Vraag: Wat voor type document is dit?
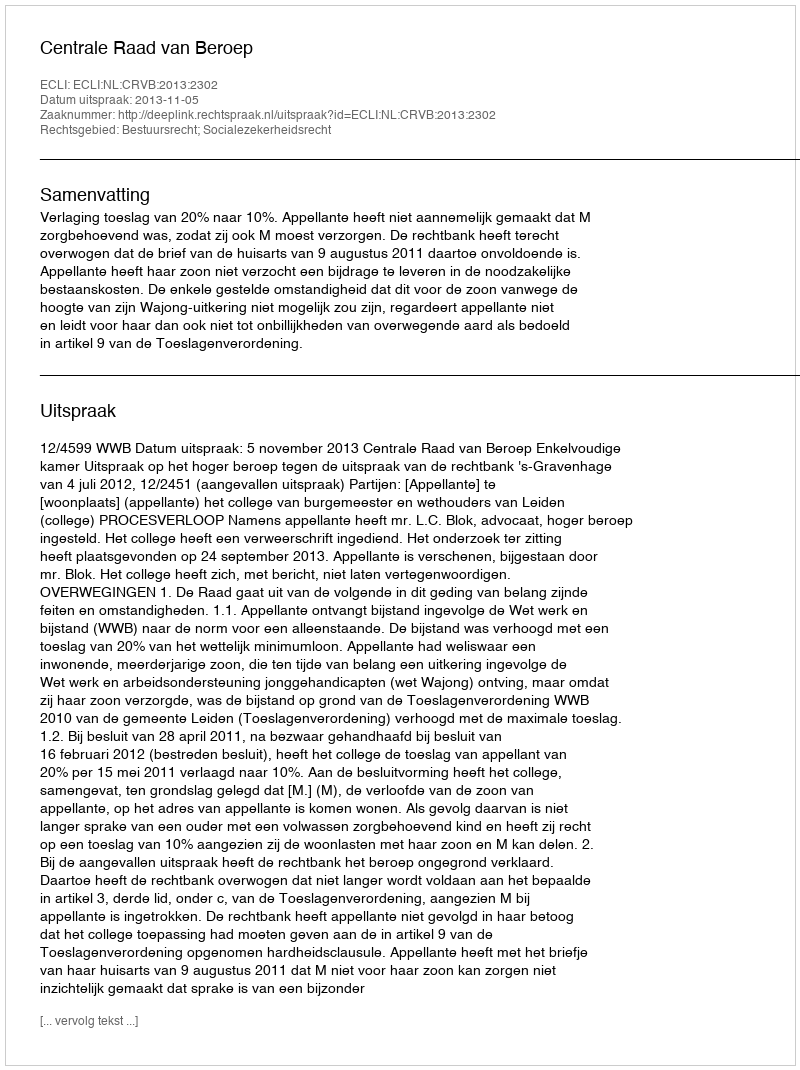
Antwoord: Uitspraak